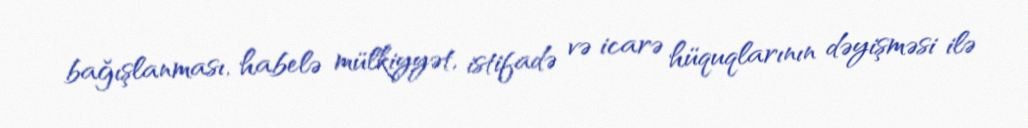
bağışlanması, habelə mülkiyyət, istifadə və icarə hüquqlarının dəyişməsi ilə